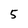
Character: 5